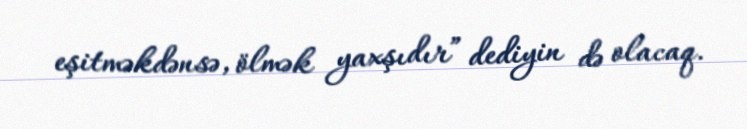
eşitməkdənsə, ölmək yaxşıdır” dediyin də olacaq.